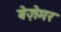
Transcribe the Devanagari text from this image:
बेज़ेमर